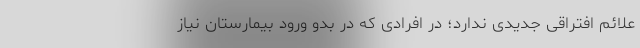
علائم افتراقی جدیدی ندارد‌؛ در افرادی که در بدو ورود بیمارستان نیاز